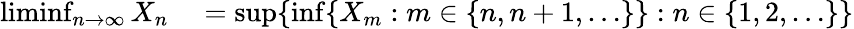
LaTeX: \begin{array}{rl}{\operatorname*{liminf}_{n\to\infty}X_{n}}&{{}=\operatorname*{sup}\{ \operatorname*{inf}\{ X_{m}:m\in\{ n,n+1,\ldots\} \} :n\in\{ 1,2,\dots\} \} }\end{array}